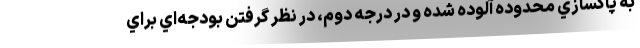
به پاكسازي محدوده آلوده شده و در درجه دوم، در نظر گرفتن بودجه‌اي براي